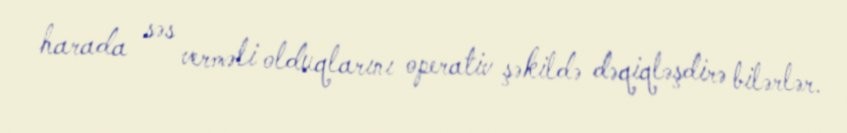
harada səs verməli olduqlarını operativ şəkildə dəqiqləşdirə bilərlər.